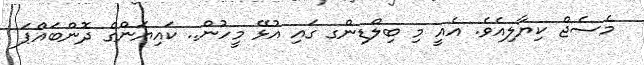
މެސެޖް ކިޔާލިއެވެ. އެއީ މި ބިލްޑިންގ ގައި އުޅޭ މީހުން.. ކައިޔަންގެ ދޮންބައްޕަ